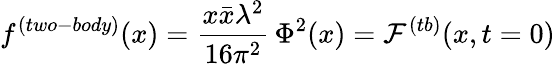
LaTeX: f^{(two-body)}(x)=\frac{x\bar{x}\lambda^{2}}{16\pi^{2}}\, \Phi^{2}(x)={\cal F}^{(tb)}(x,t=0)